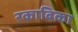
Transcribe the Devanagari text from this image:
रकाबिका